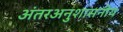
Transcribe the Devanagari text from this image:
अंतरअनुशासनीय